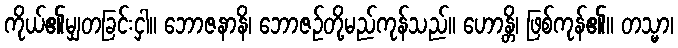
ကိုယ်၏မျှတခြင်းငှါ။ ဘောဇနာနိ၊ ဘောဇဉ်တို့မည်ကုန်သည်။ ဟောန္တိ၊ ဖြစ်ကုန်၏။ တသ္မာ၊